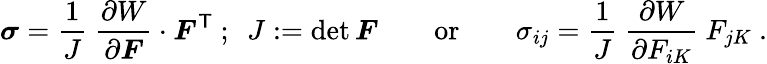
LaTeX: {\boldsymbol{\sigma}}={\frac{1}{J}}~{\frac{\partial W}{\partial{\boldsymbol{F}}}}\cdot{\boldsymbol{F}}^{\textsf{T}}~;~~J:=\operatorname*{det}{\boldsymbol{F}}\qquad{\mathrm{or}}\qquad\sigma_{ij}={\frac{1}{J}}~{\frac{\partial W}{\partial F_{iK}}}~F_{jK}~.